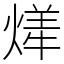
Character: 㷣